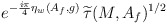
\begin{align*}e^{-\frac{i\pi}{4}\eta_w(A_f,g)}\,\widetilde{\tau}(M,A_f)^{1/2} \end{align*}